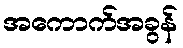
အကောက်အခွန်